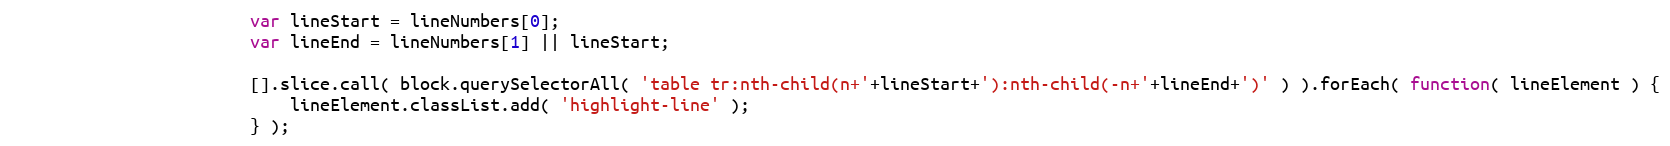
Language: JavaScript
						var lineStart = lineNumbers[0];
						var lineEnd = lineNumbers[1] || lineStart;

						[].slice.call( block.querySelectorAll( 'table tr:nth-child(n+'+lineStart+'):nth-child(-n+'+lineEnd+')' ) ).forEach( function( lineElement ) {
							lineElement.classList.add( 'highlight-line' );
						} );